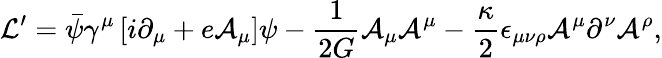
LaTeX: {\cal L}^{\prime}=\bar{\psi}\gamma^{\mu}\left[i\partial_{\mu}+e{\cal A}_{\mu}\right]\psi-\frac{1}{2G}{\cal A}_{\mu}{\cal A}^{\mu}-\frac{\kappa}{2}\epsilon_{\mu\nu\rho}{\cal A}^{\mu}\partial^{\nu}{\cal A}^{\rho},